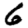
Digit: 6